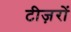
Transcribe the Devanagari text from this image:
टीज़रों